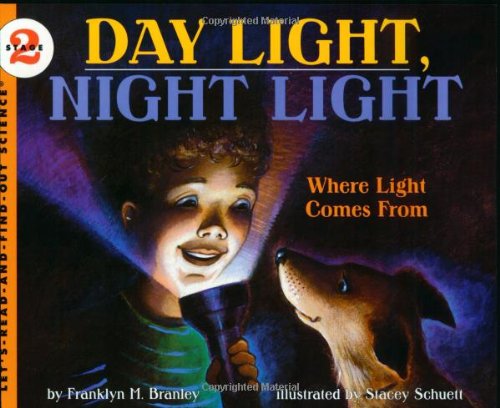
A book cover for Day Light, Night Light: Where Light Comes From (Let's-Read-and-Find-Out Science 2); Franklyn M. Branley; Children's Books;